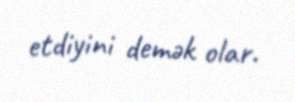
etdiyini demək olar.